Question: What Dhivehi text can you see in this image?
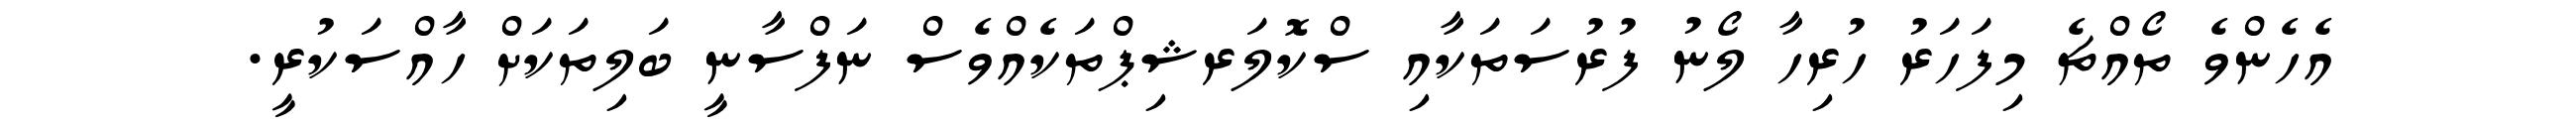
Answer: އެހެންވެ ތޯއްޗެ މިފަހަރު ހުރިހާ ލޯނު ފުރުސަތަކާއި ސްކޮލަރޝިޕްތަކެއްވެސް ނަފްސާނީ ބަލިތަކަށް ހާއްސަކުރީ.